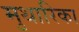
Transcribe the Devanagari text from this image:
मुथारिका